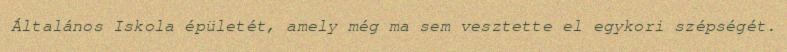
Általános Iskola épületét, amely még ma sem vesztette el egykori szépségét.